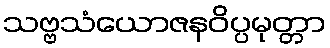
သဗ္ဗသံယောဇနဝိပ္ပမုတ္တာ